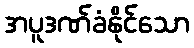
အပူဒဏ်ခံနိုင်သော